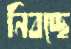
নিবচ্ছে